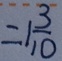
= 1 \frac { 3 } { 1 0 }